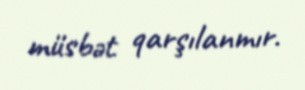
müsbət qarşılanmır.